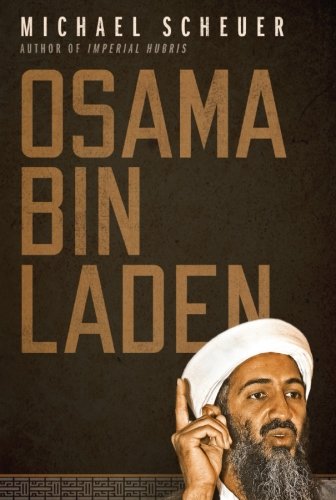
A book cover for Osama Bin Laden; Michael Scheuer; History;